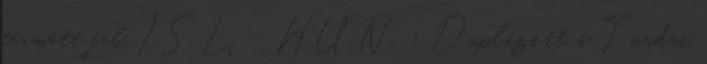
termett fel ISL - HUN › Duplázott a Tordai